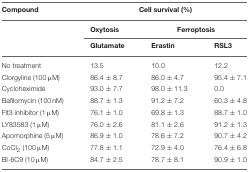
<table><thead><tr><td><b>Compound</b></td><td colspan="3"><b>Cell survival (%)</b></td></tr><tr><td></td><td><b>Oxytosis</b></td><td colspan="2"><b>Ferroptosis</b></td></tr><tr><td></td><td><b>Glutamate</b></td><td><b>Erastin</b></td><td><b>RSL3</b></td></tr></thead><tbody><tr><td>No treatment</td><td>13.5</td><td>10.0</td><td>12.2</td></tr><tr><td>Clorgyline (100 μM)</td><td>86.4 ± 8.7</td><td>86.0 ± 4.7</td><td>95.4 ± 7.1</td></tr><tr><td>Cycloheximide</td><td>93.0 ± 7.7</td><td>98.0 ± 11.3</td><td>0.0</td></tr><tr><td>Bafilomycin (100 nM)</td><td>88.7 ± 1.3</td><td>91.2 ± 7.2</td><td>60.3 ± 4.8</td></tr><tr><td>Flt3 inhibitor (1 μM)</td><td>76.1 ± 1.0</td><td>69.8 ± 1.3</td><td>88.7 ± 1.0</td></tr><tr><td>LY83583 (1 μM)</td><td>76.0 ± 2.6</td><td>81.1 ± 2.6</td><td>91.2 ± 1.3</td></tr><tr><td>Apomorphine (5 μM)</td><td>86.9 ± 1.0</td><td>78.6 ± 7.2</td><td>90.7 ± 4.2</td></tr><tr><td>CoCl<sub>2</sub> (100 μM)</td><td>77.8 ± 1.1</td><td>72.9 ± 4.0</td><td>76.4 ± 6.8</td></tr><tr><td>BI-6C9 (10 μM)</td><td>84.7 ± 2.5</td><td>78.7 ± 8.1</td><td>90.9 ± 1.0</td></tr></tbody></table>